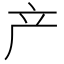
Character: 产